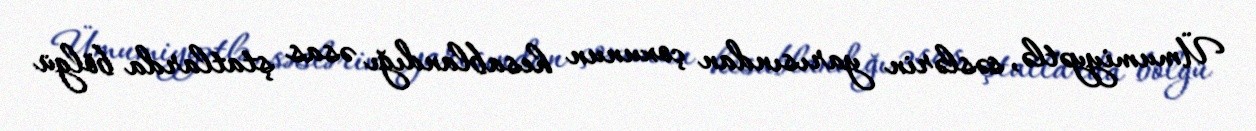
Ümumiyyətlə, səslərin yarısından çoxunun hesablandığı əsas ştatlarda bölgü